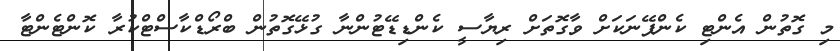
މި ގޮޮތުން އެންޓި ކެންޕޭނަކަށް ވާގޮތަށް ރިޔާސީ ކެންޑިޑޭޓުންނާ ގުޅޭގޮތުން ބްރޯޑްކާސްޓްކުރާ ކޮންޓެންޓާ